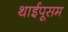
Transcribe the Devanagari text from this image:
थाईपूसम